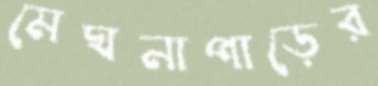
মেঘনাপাড়ের